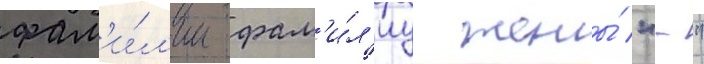
фам'и́л'ии фам'и́л'иу жены́ "-"